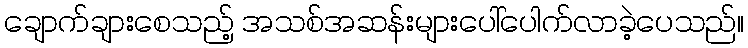
ချောက်ချားစေသည့် အသစ်အဆန်းများပေါ်ပေါက်လာခဲ့ပေသည်။